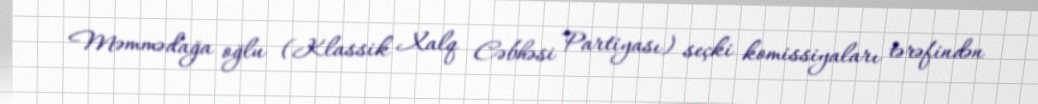
Məmmədağa oğlu (Klassik Xalq Cəbhəsi Partiyası) seçki komissiyaları tərəfindən